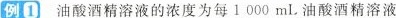
例1 油酸酒精溶液的浓度为每1000mL油酸酒精溶液